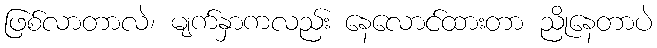
ဖြစ်လာတာလဲ၊ မျက်နှာကလည်း နေလောင်ထားတာ ညိုနေတာပဲ